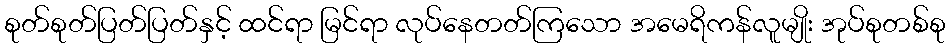
စုတ်စုတ်ပြတ်ပြတ်နှင့် ထင်ရာ မြင်ရာ လုပ်နေတတ်ကြသော အမေရိကန်လူမျိုး အုပ်စုတစ်စု